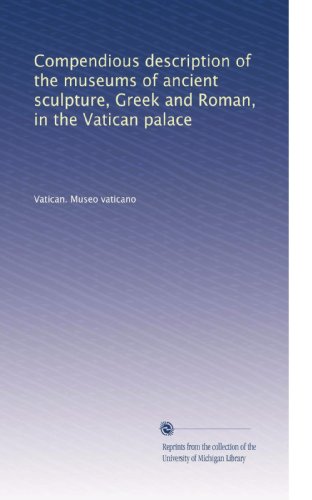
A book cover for Compendious description of the museums of ancient sculpture, Greek and Roman, in the Vatican palace; Vatican. Museo vaticano; Travel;